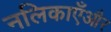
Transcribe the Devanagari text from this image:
नलिकाएँऔर